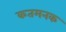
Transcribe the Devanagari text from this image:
कतमनक